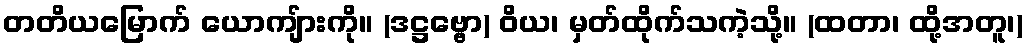
တတိယမြောက် ယောကျ်ားကို။ (ဒဋ္ဌဗ္ဗော) ဝိယ၊ မှတ်ထိုက်သကဲ့သို့။ (ထတာ၊ ထို့အတူ၊)